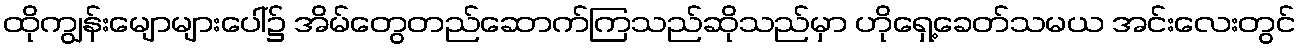
ထိုကျွန်းမျောများပေါ်၌ အိမ်တွေတည်ဆောက်ကြသည်ဆိုသည်မှာ ဟိုရှေ့ခေတ်သမယ အင်းလေးတွင်